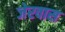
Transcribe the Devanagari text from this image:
जेरवास